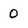
Character: 0